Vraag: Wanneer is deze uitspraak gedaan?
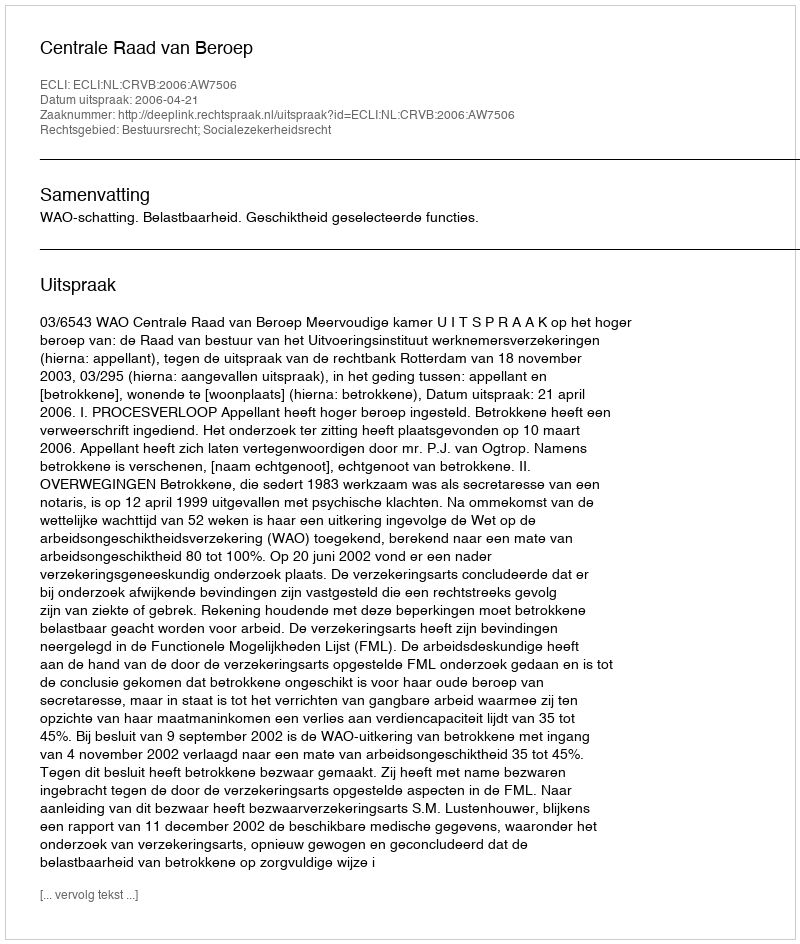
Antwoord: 2006-04-21